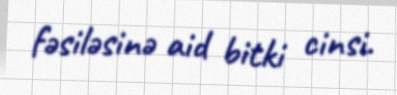
fəsiləsinə aid bitki cinsi.